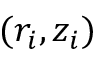
( r _ { i } , z _ { i } )